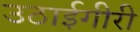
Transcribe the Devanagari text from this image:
उठाईगीरी